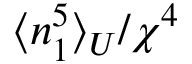
\langle n _ { 1 } ^ { 5 } \rangle _ { U } / \chi ^ { 4 }